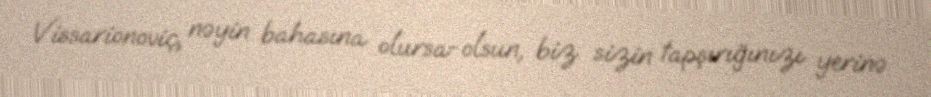
Vissarionoviç, nəyin bahasına olursa-olsun, biz sizin tapşırığınızı yerinə